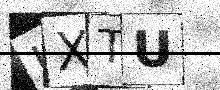
Text: KXTU